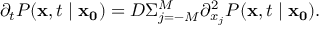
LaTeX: \partial _ { t } P ( \mathbf { x } , t \mid \mathbf { x _ { 0 } } ) = D \Sigma _ { j = - M } ^ { M } \partial _ { x _ { j } } ^ { 2 } P ( \mathbf { x } , t \mid \mathbf { x _ { 0 } } ) .